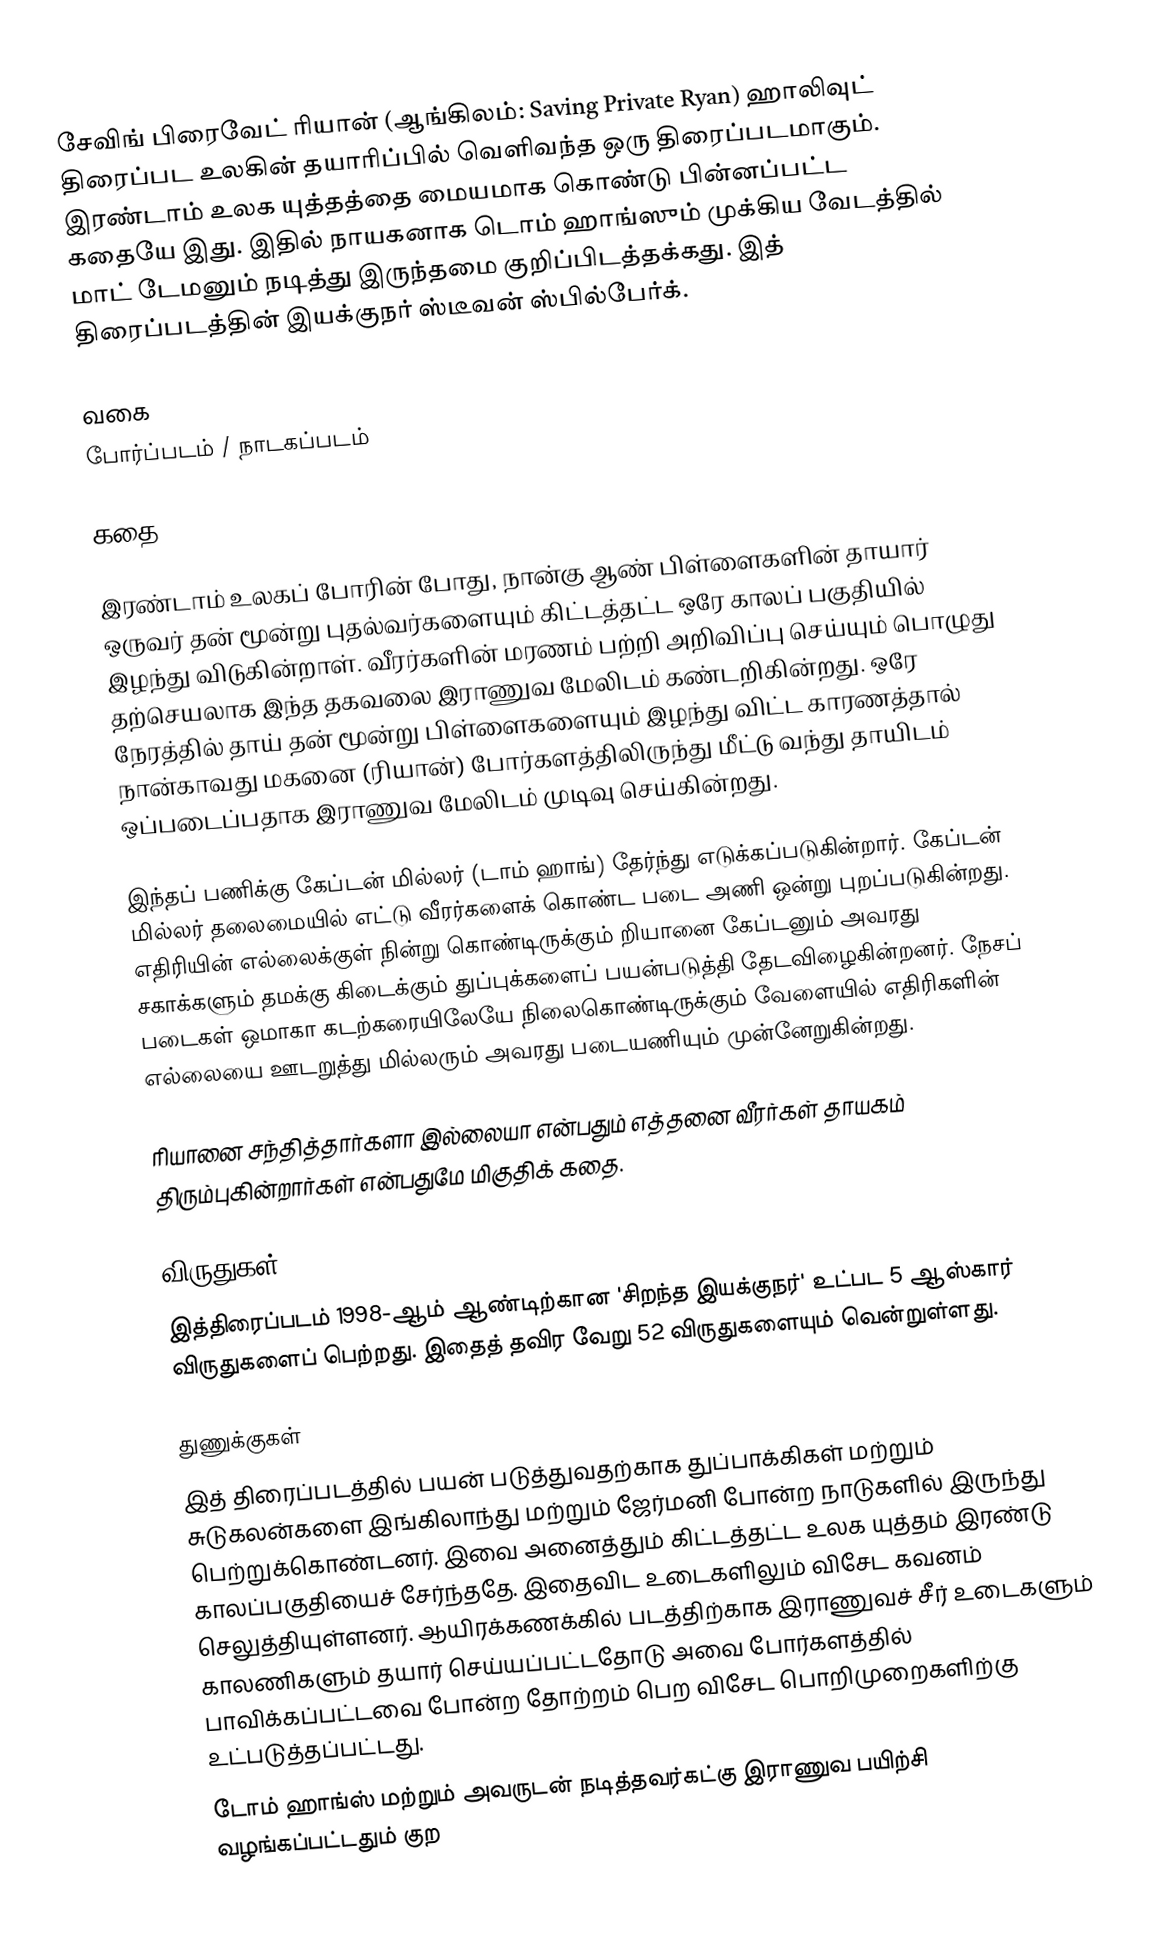
சேவிங் பிரைவேட் ரியான் (ஆங்கிலம்: Saving Private Ryan) ஹாலிவுட் திரைப்பட உலகின் தயாரிப்பில் வெளிவந்த ஒரு திரைப்படமாகும். இரண்டாம் உலக யுத்தத்தை மையமாக கொண்டு பின்னப்பட்ட கதையே இது. இதில் நாயகனாக டொம் ஹாங்ஸும் முக்கிய வேடத்தில் மாட் டேமனும் நடித்து இருந்தமை குறிப்பிடத்தக்கது. இத் திரைப்படத்தின் இயக்குநர் ஸ்டீவன் ஸ்பில்பேர்க்.

வகை
போர்ப்படம் / நாடகப்படம்

கதை

இரண்டாம் உலகப் போரின் போது, நான்கு ஆண் பிள்ளைகளின் தாயார் ஒருவர் தன் மூன்று புதல்வர்களையும் கிட்டத்தட்ட ஒரே காலப் பகுதியில் இழந்து விடுகின்றாள். வீரர்களின் மரணம் பற்றி அறிவிப்பு செய்யும் பொழுது தற்செயலாக இந்த தகவலை இராணுவ மேலிடம் கண்டறிகின்றது. ஒரே நேரத்தில் தாய் தன் மூன்று பிள்ளைகளையும் இழந்து விட்ட காரணத்தால் நான்காவது மகனை (ரியான்) போர்களத்திலிருந்து மீட்டு வந்து தாயிடம் ஒப்படைப்பதாக இராணுவ மேலிடம் முடிவு செய்கின்றது.

இந்தப் பணிக்கு கேப்டன் மில்லர் (டாம் ஹாங்) தேர்ந்து எடுக்கப்படுகின்றார். கேப்டன் மில்லர் தலைமையில் எட்டு வீரர்களைக் கொண்ட படை அணி ஒன்று புறப்படுகின்றது. எதிரியின் எல்லைக்குள் நின்று கொண்டிருக்கும் றியானை கேப்டனும் அவரது சகாக்களும் தமக்கு கிடைக்கும் துப்புக்களைப் பயன்படுத்தி தேடவிழைகின்றனர். நேசப் படைகள் ஒமாகா கடற்கரையிலேயே நிலைகொண்டிருக்கும் வேளையில் எதிரிகளின் எல்லையை ஊடறுத்து மில்லரும் அவரது படையணியும் முன்னேறுகின்றது.

ரியானை சந்தித்தார்களா இல்லையா என்பதும் எத்தனை வீரர்கள் தாயகம் திரும்புகின்றார்கள் என்பதுமே மிகுதிக் கதை.

விருதுகள்
இத்திரைப்படம் 1998-ஆம் ஆண்டிற்கான 'சிறந்த இயக்குநர்' உட்பட 5 ஆஸ்கார் விருதுகளைப் பெற்றது. இதைத் தவிர வேறு 52 விருதுகளையும் வென்றுள்ளது.

துணுக்குகள்
 இத் திரைப்படத்தில் பயன் படுத்துவதற்காக துப்பாக்கிகள் மற்றும் சுடுகலன்களை இங்கிலாந்து மற்றும் ஜேர்மனி போன்ற நாடுகளில் இருந்து பெற்றுக்கொண்டனர். இவை அனைத்தும் கிட்டத்தட்ட உலக யுத்தம் இரண்டு காலப்பகுதியைச் சேர்ந்ததே. இதைவிட உடைகளிலும் விசேட கவனம் செலுத்தியுள்ளனர். ஆயிரக்கணக்கில் படத்திற்காக இராணுவச் சீர் உடைகளும் காலணிகளும் தயார் செய்யப்பட்டதோடு அவை போர்களத்தில் பாவிக்கப்பட்டவை போன்ற தோற்றம் பெற விசேட பொறிமுறைகளிற்கு உட்படுத்தப்பட்டது.
 டோம் ஹாங்ஸ் மற்றும் அவருடன் நடித்தவர்கட்கு இராணுவ பயிற்சி வழங்கப்பட்டதும் குற